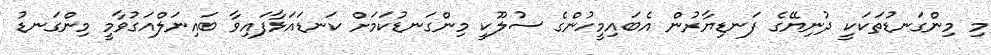
މި މިންގަނޑުތަކަކީ ދުނިޔޭގެ ފަނޑިޔާރުން އެބައިމީހުންގެ ސުލޫކީ މިންގަނޑުކަމަށް ކަނޑައަޅާފައިވާ ބައިނަލްއަގުވާމީ މިންގަނޑު